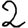
Digit: 2